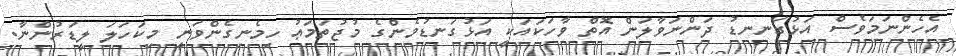
އެހެންނަމަވެސް އަޅުގަނނޑު ދަންނަވާލަން އޮތް ވާހަކައަކީ އަޅުގަނޑުމެންގެ މުޖުތަމަޢު ހިމެނިގެންވަނީ މިކަހަލަ ލީޑަރުންނާ.